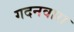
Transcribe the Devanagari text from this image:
गदनवारा